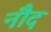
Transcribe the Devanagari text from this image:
नौद